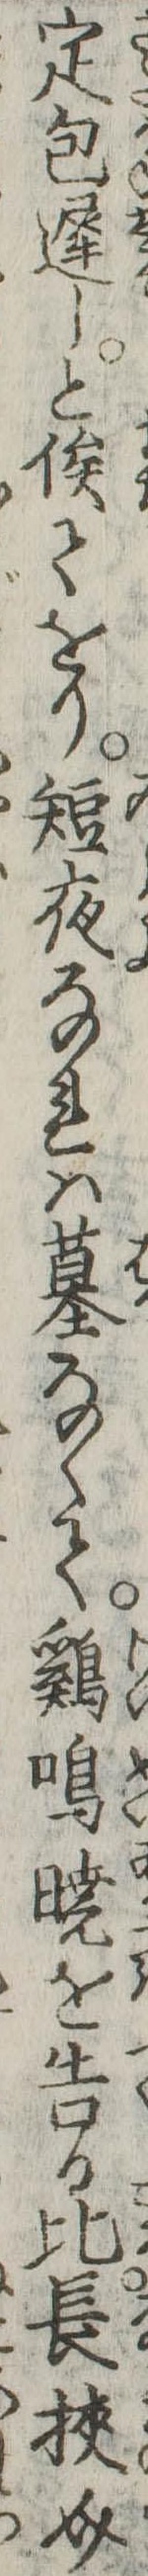
定包遅しと俟てをり短夜なれは墓なくて鶏鳴暁を告る比長挟介